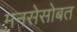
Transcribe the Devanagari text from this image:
मनसेसोबत